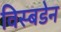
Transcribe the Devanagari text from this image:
विस्बडेन